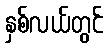
နှစ်လယ်တွင်